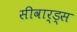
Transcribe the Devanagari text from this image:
सीवार्ड्स